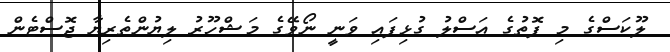
ލޫކަސްގެ މި ފޮތުގެ އަސްލު ގުޅިފައި ވަނީ ނޯވޭގެ މަޝްހޫރު ލިޔުންތެރިޔާ ޖޮސްޓެން